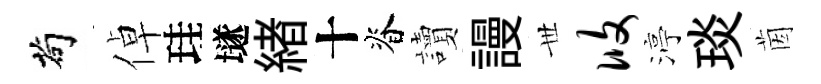
茍倬珪𡑞緖十脊讀謾𠀍攸渟琰茵